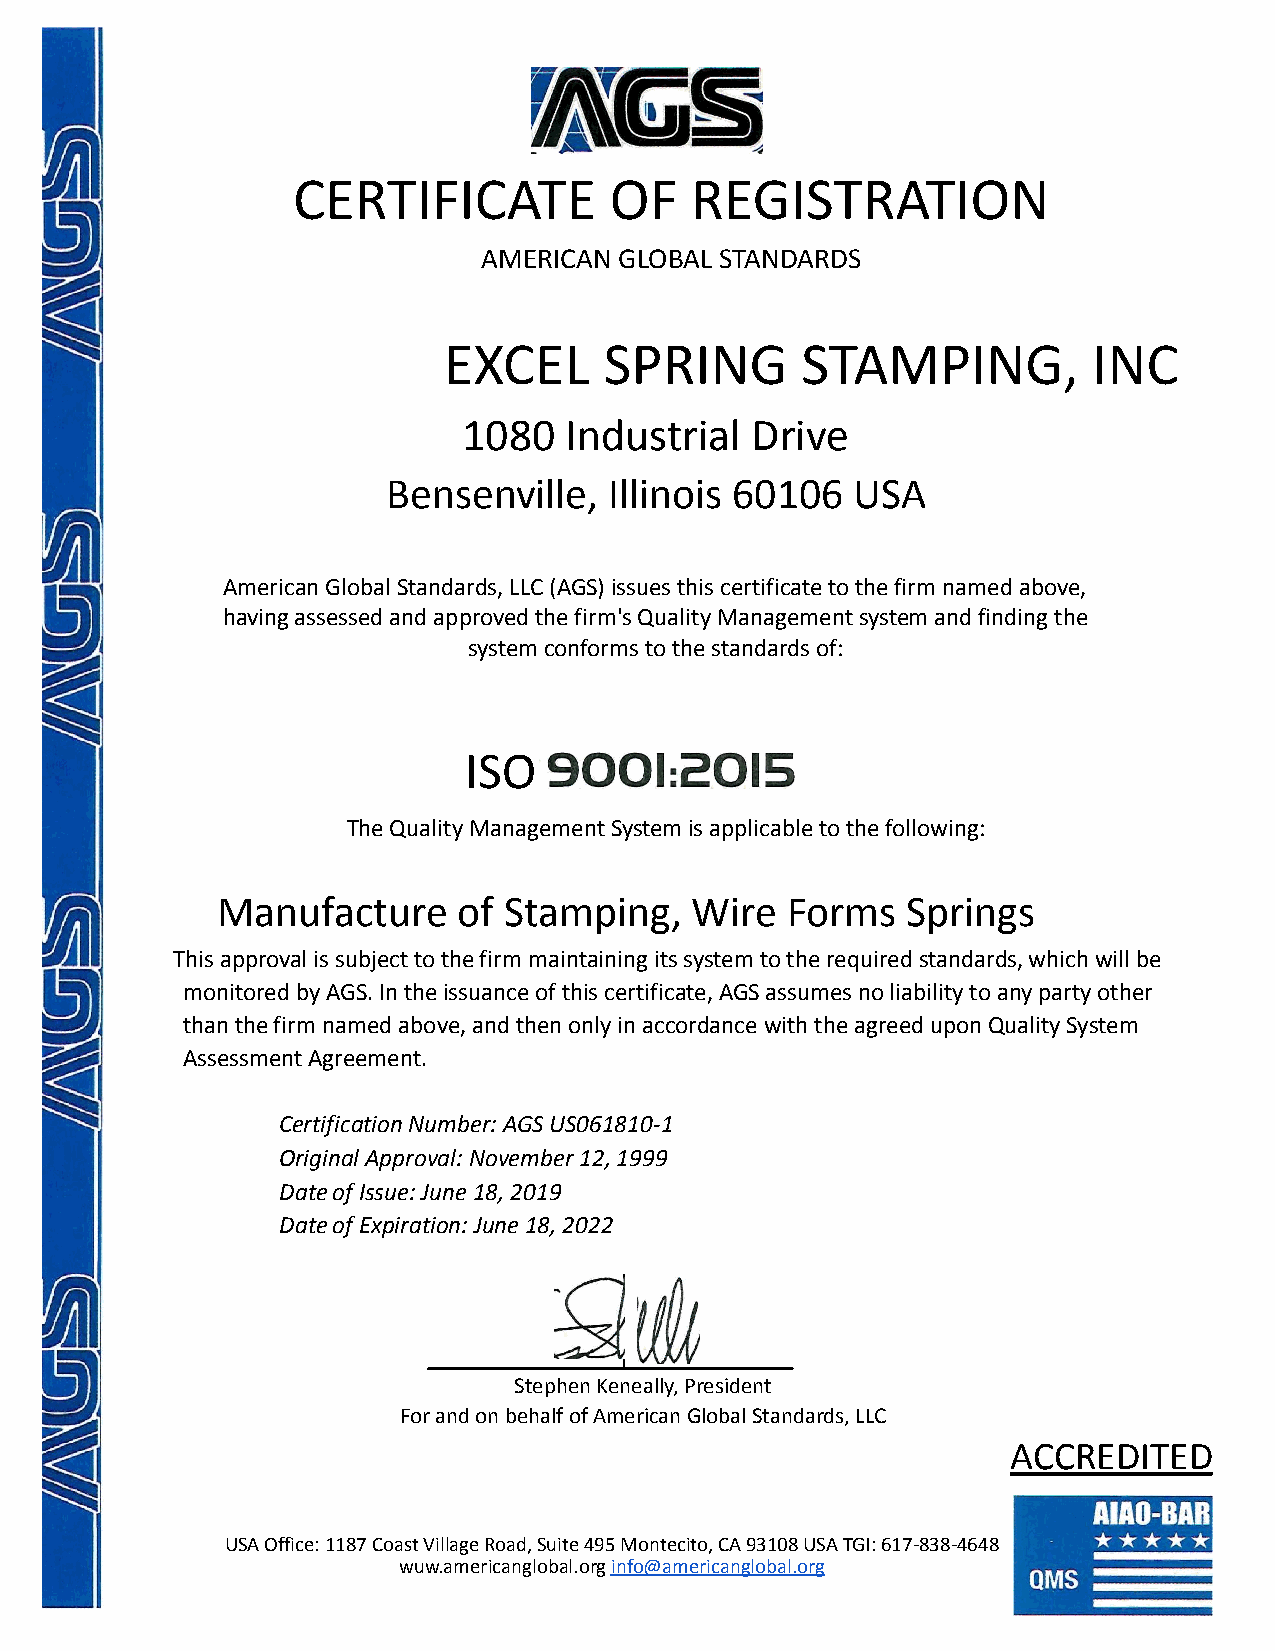
CERTIFICATE          OF    REGISTRATION
 AMERICAN GLOBAL STANDARDS
 EXCEL      SPRING       STAMPING,          INC
 1080  Industrial   Drive
 Bensenville,  Illinois 60106   USA
 American Global Standards, LLC (AGS) issues this certificateto the firm named above,
 having assessed and approved the firm's Quality Managementsystem and finding the
 system conforms to the standards of:
 ISO
 The Quality Management System is applicable to thefollowing:
 Manufacture     of Stamping,    Wire  Forms   Springs
 This approval is subject to the firm maintaining itssystem to the required standards, which will be
 monitored by AGS. In the issuance of this certificate,AGS assumes no liability to any party other
 than the firm named above, and then only in accordancewith the agreed uponQuality System
 Assessment Agreement.
 Certification Number: AGS US061810-1
 Original Approval: November 12, 1999
 Date of Issue: June 18, 2019
 Date of Expiration: June 18, 2022
 Stephen Keneally, President
 For and on behalf of American Global Standards, LLC
 ACCREDITED
 USA Office: 1187 Coast Village Road, Suite 495 Montecito,CA 93108 USA TGI: 617-838-4648
 wuw.americanglobal.orginfo@americanglobal.org